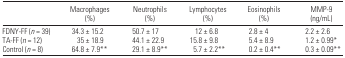
|  | Macrophages (%) | Neutrophils (%) | Lymphocytes (%) | Eosinophils (%) | MMP-9 (ng/mL) |
 | --- | --- | --- | --- | --- | --- |
 | FDNY-FF (n = 39) | 34.3 ± 15.2 | 50.7 ± 17 | 12 ± 6.8 | 2.8 ± 4 | 2.2 ± 2.6 |
 | TA-FF (n = 12) | 35 ± 18.9 | 44.1 ± 22.9 | 15.8 ± 9.8 | 5.4 ± 8.9 | 1.2 ± 0.99* |
 | Control (n = 8) | 64.8 ± 7.9** | 29.1 ± 8.9** | 5.7 ± 2.2** | 0.2 ± 0.4** | 0.3 ± 0.09** |